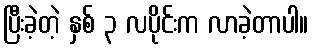
ပြီးခဲ့တဲ့ နှစ် ၃ လပိုင်းက လာခဲ့တာပါ။